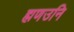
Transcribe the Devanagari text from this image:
ह्मणउनि